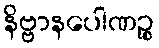
နိဗ္ဗာနပေါဏဉ္စ